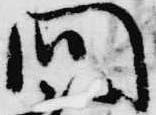
問